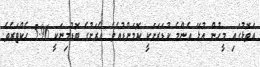
އަތޮޅުގައި މީހުން އުޅޭ އެންމެ ކުޑަރަށަކީ ކޮމަންޑުއެވެ. އެރަށުގެ ބޮޑުމިނަކީ 5.96 ހެކްޓަރެވެ.